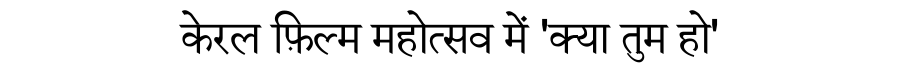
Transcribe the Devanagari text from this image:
केरल फ़िल्म महोत्सव में 'क्या तुम हो'